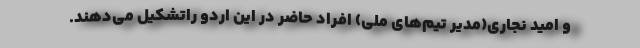
و امید نجاری(مدیر تیم‌های ملی) افراد حاضر در این اردو راتشکیل می‌دهند.